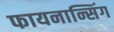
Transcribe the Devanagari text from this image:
फायनान्सिंग